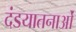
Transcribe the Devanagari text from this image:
दंडयातनाओं